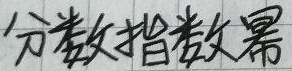
只缘身在此山中